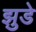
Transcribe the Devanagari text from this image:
झुडे